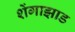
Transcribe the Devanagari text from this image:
शेंगाझाड